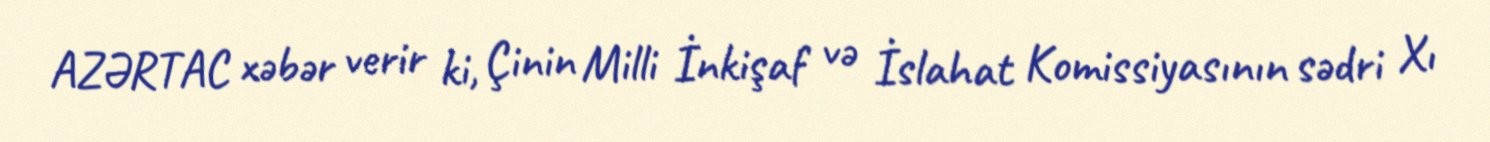
AZƏRTAC xəbər verir ki, Çinin Milli İnkişaf və İslahat Komissiyasının sədri Xı